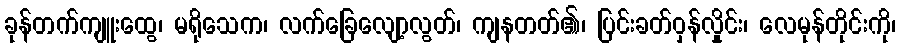
ခုန်တက်ကျူးထွေ၊ မရိုသေက၊ လက်ခြေလျော့လွတ်၊ ကျနတတ်၏၊ ပြင်းခတ်ဝှန်လှိုင်း၊ လေမုန်တိုင်းကို၊